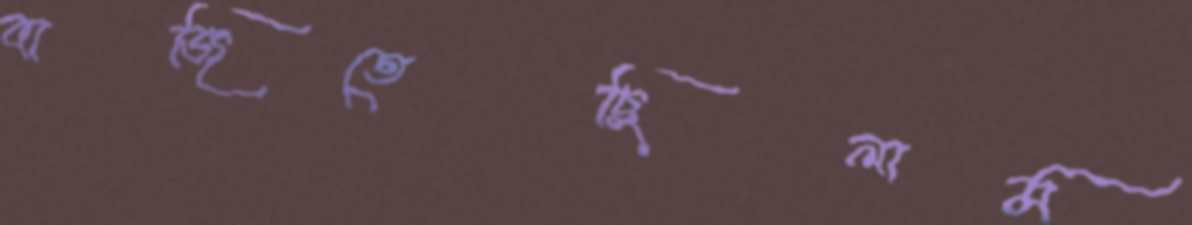
বাজিতেছিলাম